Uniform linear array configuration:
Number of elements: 48
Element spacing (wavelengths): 0.75
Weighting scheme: cosine
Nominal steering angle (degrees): -30
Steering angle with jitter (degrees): -29.955
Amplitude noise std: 0.05
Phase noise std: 0.05

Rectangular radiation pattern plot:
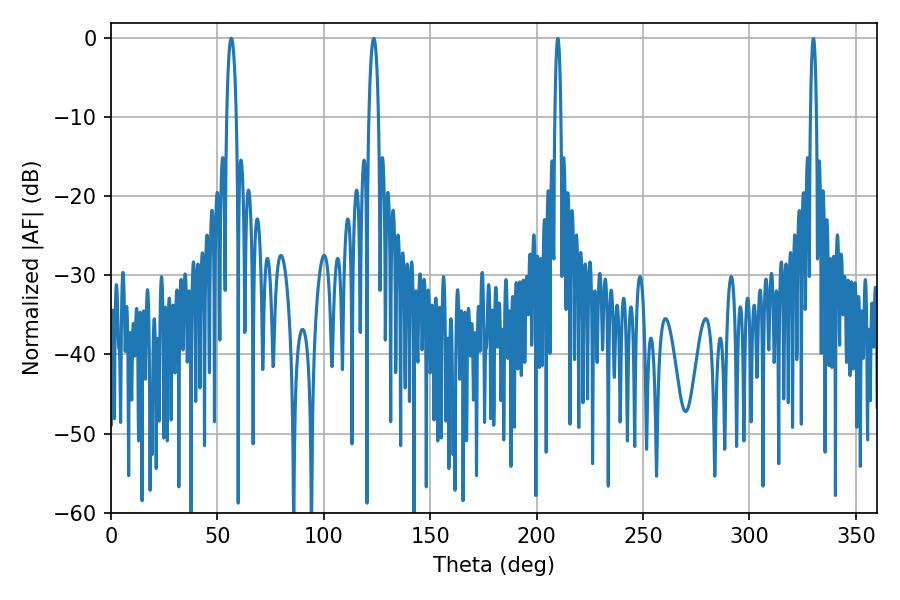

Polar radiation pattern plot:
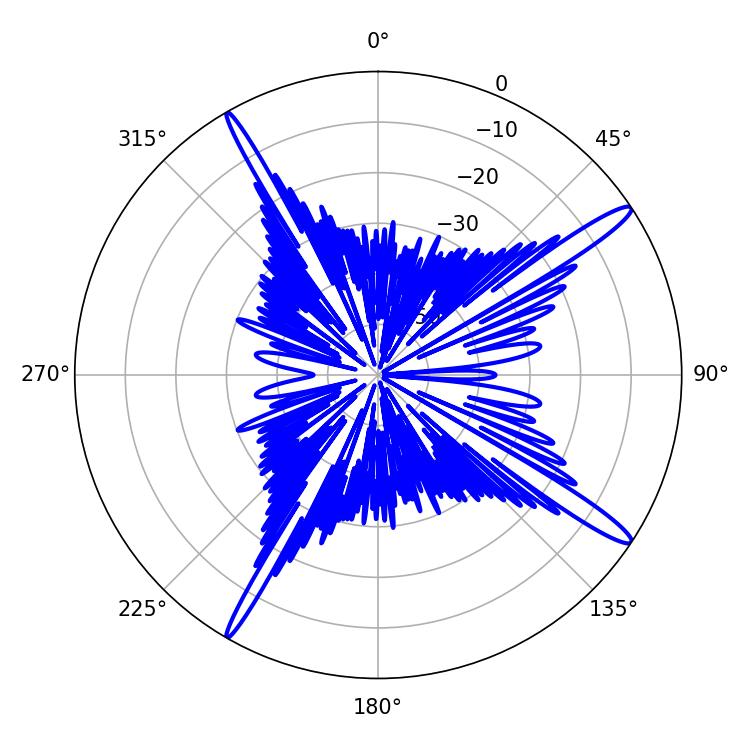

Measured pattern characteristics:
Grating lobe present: TRUE
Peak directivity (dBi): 15.84
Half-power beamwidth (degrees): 2.52
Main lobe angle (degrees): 56.52